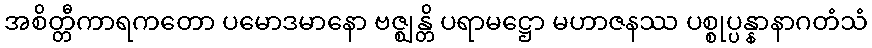
အစိတ္တီကာရကတော ပမောဒမာနော ဗဇ္ဈန္တိ ပရာမဋ္ဌော မဟာဇနဿ ပစ္စုပ္ပန္နာနာဂတံသံ